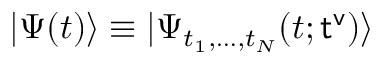
| \Psi ( t ) \rangle \equiv | \Psi _ { t _ { 1 } , \dots , t _ { N } } ( t ; { \sf t ^ { v } } ) \rangle